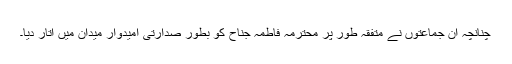
چنانچہ ان جماعتوں نے متفقہ طور پر محترمہ فاطمہ جناح کو بطور صدارتی امیدوار میدان میں اتار دیا۔